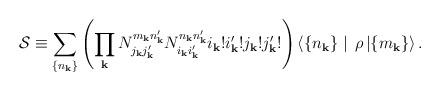
LaTeX: \begin{align*}{\cal S} \equiv \sum_{\{ n_{\bf k} \}} \left( \prod_{\bf k} N_{j_{\bf k} j_{\bf k}'}^{m_{\bf k} n_{\bf k}'} N_{i_{\bf k} i_{\bf k}'}^{n_{\bf k} n_{\bf k}'} i_{\bf k} ! i_{\bf k}' ! j_{\bf k} ! j_{\bf k}' ! \right) \langle \{ n_{\bf k} \} \mid \, \rho \, | \{ m_{\bf k} \} \rangle \, . \end{align*}